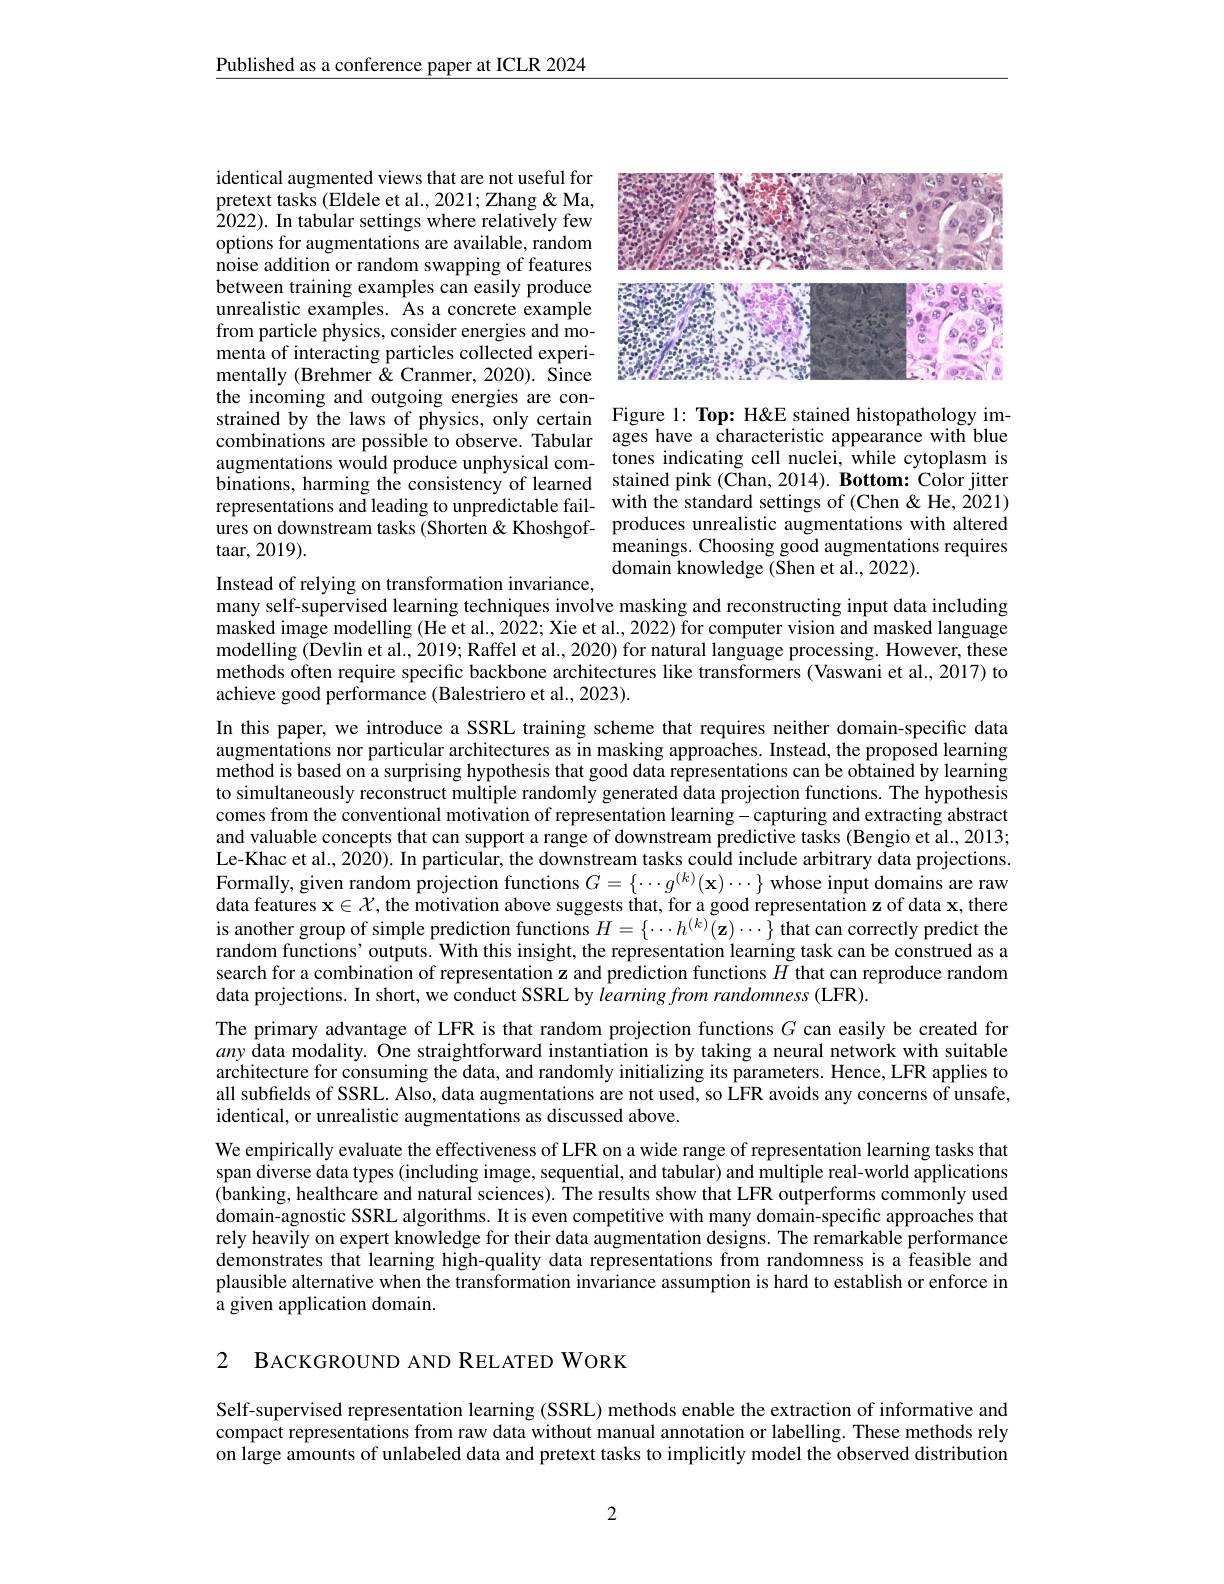
$\underline{\text{Published as a conference paper at ICLR 2024}}$

<FigureHere>

identical augmented views that are not useful for pretext tasks (Eldele et al., 2021; Zhang & Ma, 2022). In tabular settings where relatively few options for augmentations are available, random noise addition or random swapping of features between training examples can easily produce unrealistic examples. As a concrete example from particle physics, consider energies and momenta of interacting particles collected experimentally (Brehmer &Cranmer, 2020). Since the incoming and outgoing energies are constrained by the laws of physics, only certain Figure 1: Top: H&E stained histopathology imcombinations are possible to observe. Tabular ages have a characteristic appearance with blue augmentations would produce unphysical com- tones indicating cell nuclei, while cytoplasm is binations, harming the consistency of learned stained pink (Chan,2014). Bottom: Color jitter representations and leading to unpredictable fail- with the standard settings of (Chen & He, 2021) $\dot{\text{ures on downstream tasks (Shorten " produces unrealistic augmentations with altered}}$ ${\mathrm{taar,~2019}}).$

meanings. Choosing good augmentations requires
domain knowledge (Shen et al., 2022).

Instead of relying on transformation invariance,
many self-supervised learning techniques involve masking and reconstructing input data including masked image modelling (He et al., 2022; Xie et al., 2022) for computer vision and masked language modelling (Devlin et al., 2019; Raffel et al., 2020) for natural language processing. However, these methods often require specific backbone architectures like transformers (Vaswani et al., 2017) to achieve good performance (Balestriero et al., 2023).

In this paper, we introduce a SSRL training scheme that requires neither domain-specific data augmentations nor particular architectures as in masking approaches. Instead, the proposed learning method is based on a surprising hypothesis that good data representations can be obtained by learning to simultaneously reconstruct multiple randomly generated data projection functions. The hypothesis comes from the conventional motivation of representation learning-capturing and extracting abstract and valuable concepts that can support a range of downstream predictive tasks (Bengio et al., 2013; Le-Khac et al., 2020). In particular, the downstream tasks could include arbitrary data projections. Formally, given random projection functions $G=\{\cdots g^{(k)}(\mathbf{x})\cdots\}$ whose input domains are raw data features $\mathbf{x}\in\mathcal{X}$, the motivation above suggests that, for a good representation z of data x, there is another group of simple prediction functions $H=\{\cdots h^{(k)}(\mathbf{z})\cdots\}$ that can correctly predict the random functions’ outputs. With this insight, the representation learning task can be construed as a search for a combination of representation z and prediction functions $H$ that can reproduce random data projections. In short, we conduct SSRL by learning from randomness (LFR).
The primary advantage of LFR is that random projection functions $G$ can easily be created for any data modality. One straightforward instantiation is by taking a neural network with suitable architecture for consuming the data, and randomly initializing its parameters. Hence, LFR applies to all subfields of SSRL. Also, data augmentations are not used, so LFR avoids any concerns of unsafe, identical, or unrealistic augmentations as discussed above.
We empirically evaluate the effectiveness of LFR on a wide range of representation learning tasks that span diverse data types (including image, sequential, and tabular) and multiple real-world applications (banking, healthcare and natural sciences). The results show that LFR outperforms commonly used domain-agnostic SSRL algorithms. It is even competitive with many domain-specific approaches that rely heavily on expert knowledge for their data augmentation designs. The remarkable performance demonstrates that learning high-quality data representations from randomness is a feasible and plausible alternative when the transformation invariance assumption is hard to establish or enforce in a given application domain.

2 BACKGROUND AND RELATED WORK

Self-supervised representation learning (SSRL) methods enable the extraction of informative and compact representations from raw data without manual annotation or labelling. These methods rely on large amounts of unlabeled data and pretext tasks to implicitly model the observed distribution

2